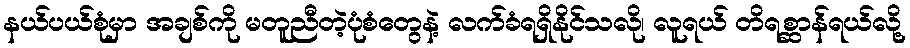
နယ်ပယ်စုံမှာ အချစ်ကို မတူညီတဲ့ပုံစံတွေနဲ့ လက်ခံရရှိနိုင်သလို၊ လူရယ် တိရစ္ဆာန်ရယ်လို့